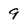
Character: 9